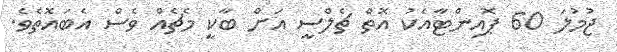
ޖުމުލަ 60 ޕޮއިންޓާއެކު އޮތް ޗެލްސީ އަށް ބާކީ މެޗެއް ވެސް އެބައޮތެވެ.